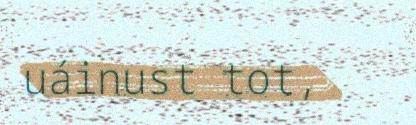
uáinust tot,